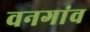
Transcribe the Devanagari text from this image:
वनगांव